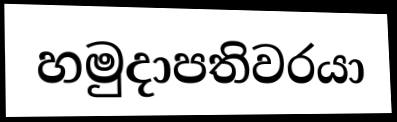
හමුදාපතිවරයා